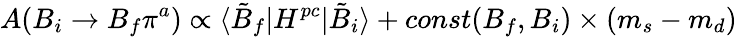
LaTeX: A(B_{i}\to B_{f}\pi^{a})\propto\langle\tilde{B}_{f}|H^{pc}|\tilde{B}_{i}\rangle+const(B_{f},B_{i})\times(m_{s}-m_{d})